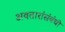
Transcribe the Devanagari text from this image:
अवतारांसंबंधी